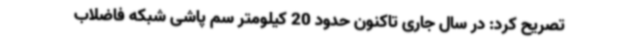
تصریح کرد: در سال جاری تاکنون حدود 20 کیلومتر سم پاشی شبکه فاضلاب